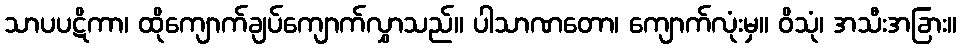
သာပပဋိကာ၊ ထိုကျောက်ချပ်ကျောက်လွှာသည်။ ပါသာဏတော၊ ကျောက်လုံးမှ။ ဝိသုံ၊ အသီးအခြား။